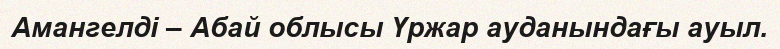
Амангелді – Абай облысы Үржар ауданындағы ауыл.